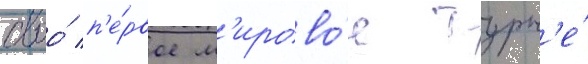
своо́ п'е́рвое м'ирово́е турн'е́